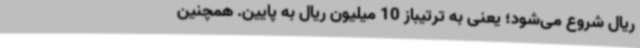
ریال شروع می‌شود؛ یعنی به ترتیباز 10 میلیون ریال به پایین. همچنین